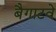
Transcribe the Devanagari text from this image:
बैगाटवे